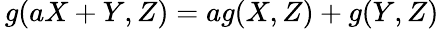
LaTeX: \, g(aX+Y,Z)=ag(X,Z)+g(Y,Z)